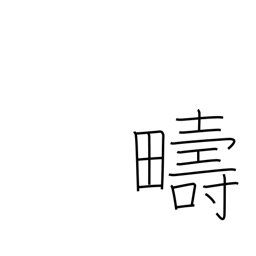
Meaning: same kind